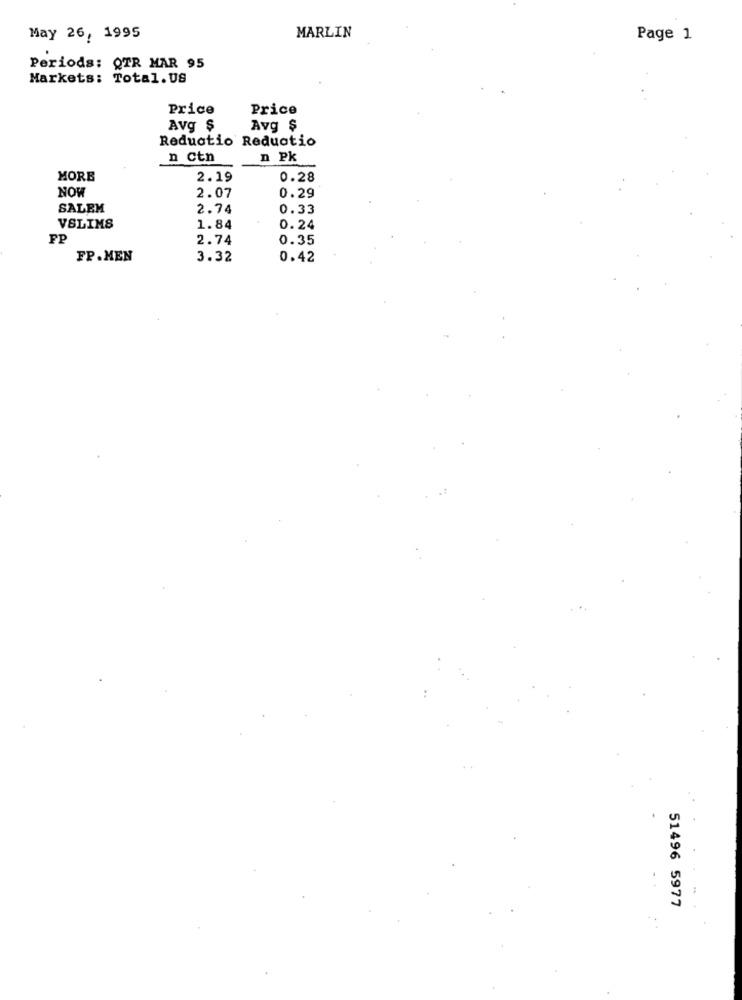
May 26, 1995
MARLIN
Page 1
Periods: QTR MAR 95
Markets: Total. US
Price
Price
Avg $
Avg $
Reduatio Reduatio
n ctn
n Pk
MORE
2.19
0.28
NOW
2.07
0.29
SALEM
2.74
0.33
VSLIMS
1.84
0.24
FP
2.74
0.35
FP.MEN
3.32
0.42
51496 5977